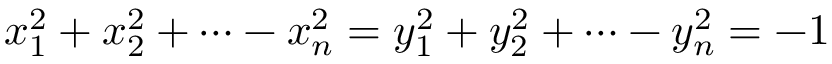
x _ { 1 } ^ { 2 } + x _ { 2 } ^ { 2 } + \dots - x _ { n } ^ { 2 } = y _ { 1 } ^ { 2 } + y _ { 2 } ^ { 2 } + \dots - y _ { n } ^ { 2 } = - 1